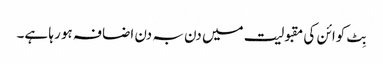
بِٹ کوائن کی مقبولیت میں دن بہ دن اضافہ ہو رہا ہے۔